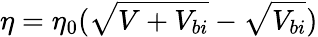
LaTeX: \eta=\eta_{0}(\sqrt{V+V_{bi}}-\sqrt{V_{bi}})